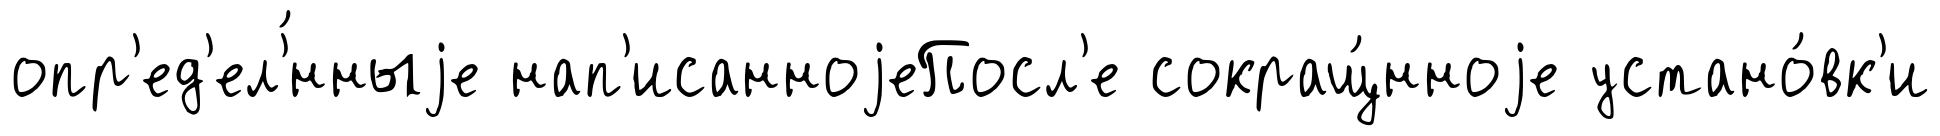
опр'ед'ел'́нныjе нап'исанноjеПосл'е сокращ́нноjе устано́вк'и